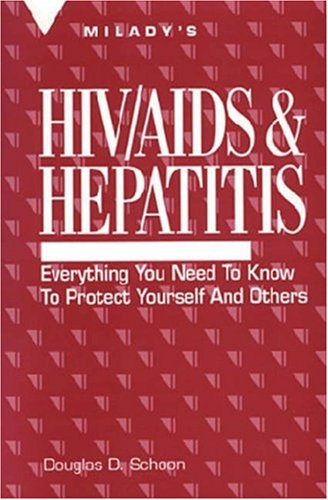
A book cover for HIV/AIDS and Hepatitis: Everything You Need to Know to Protect Yourself; Douglas Schoon; Health, Fitness & Dieting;